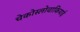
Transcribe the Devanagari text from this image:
चेकोस्लोवाकियाई